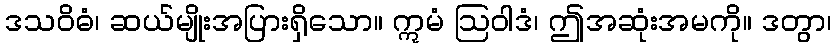
ဒသဝိဓံ၊ ဆယ်မျိုးအပြားရှိသော။ ဣမံ ဩဝါဒံ၊ ဤအဆုံးအမကို။ ဒတွာ၊